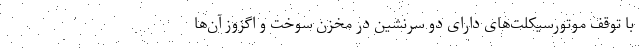
با توقف موتورسیکلت‌های دارای دو سرنشین در مخزن سوخت و اگزوز آن‌ها